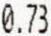
0.73